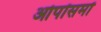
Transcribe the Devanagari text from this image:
ओपॉसमों